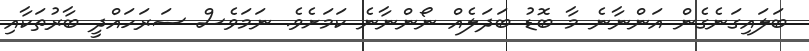
ބަލައިގަނެގެން އަންނާނެ މާ ބޮޑު ބަދަލެއް ނޯންނާނެ ކަމަށެވެ. ނަމަވެސް ސަރަހައްދީ ބާރުތަކާއި